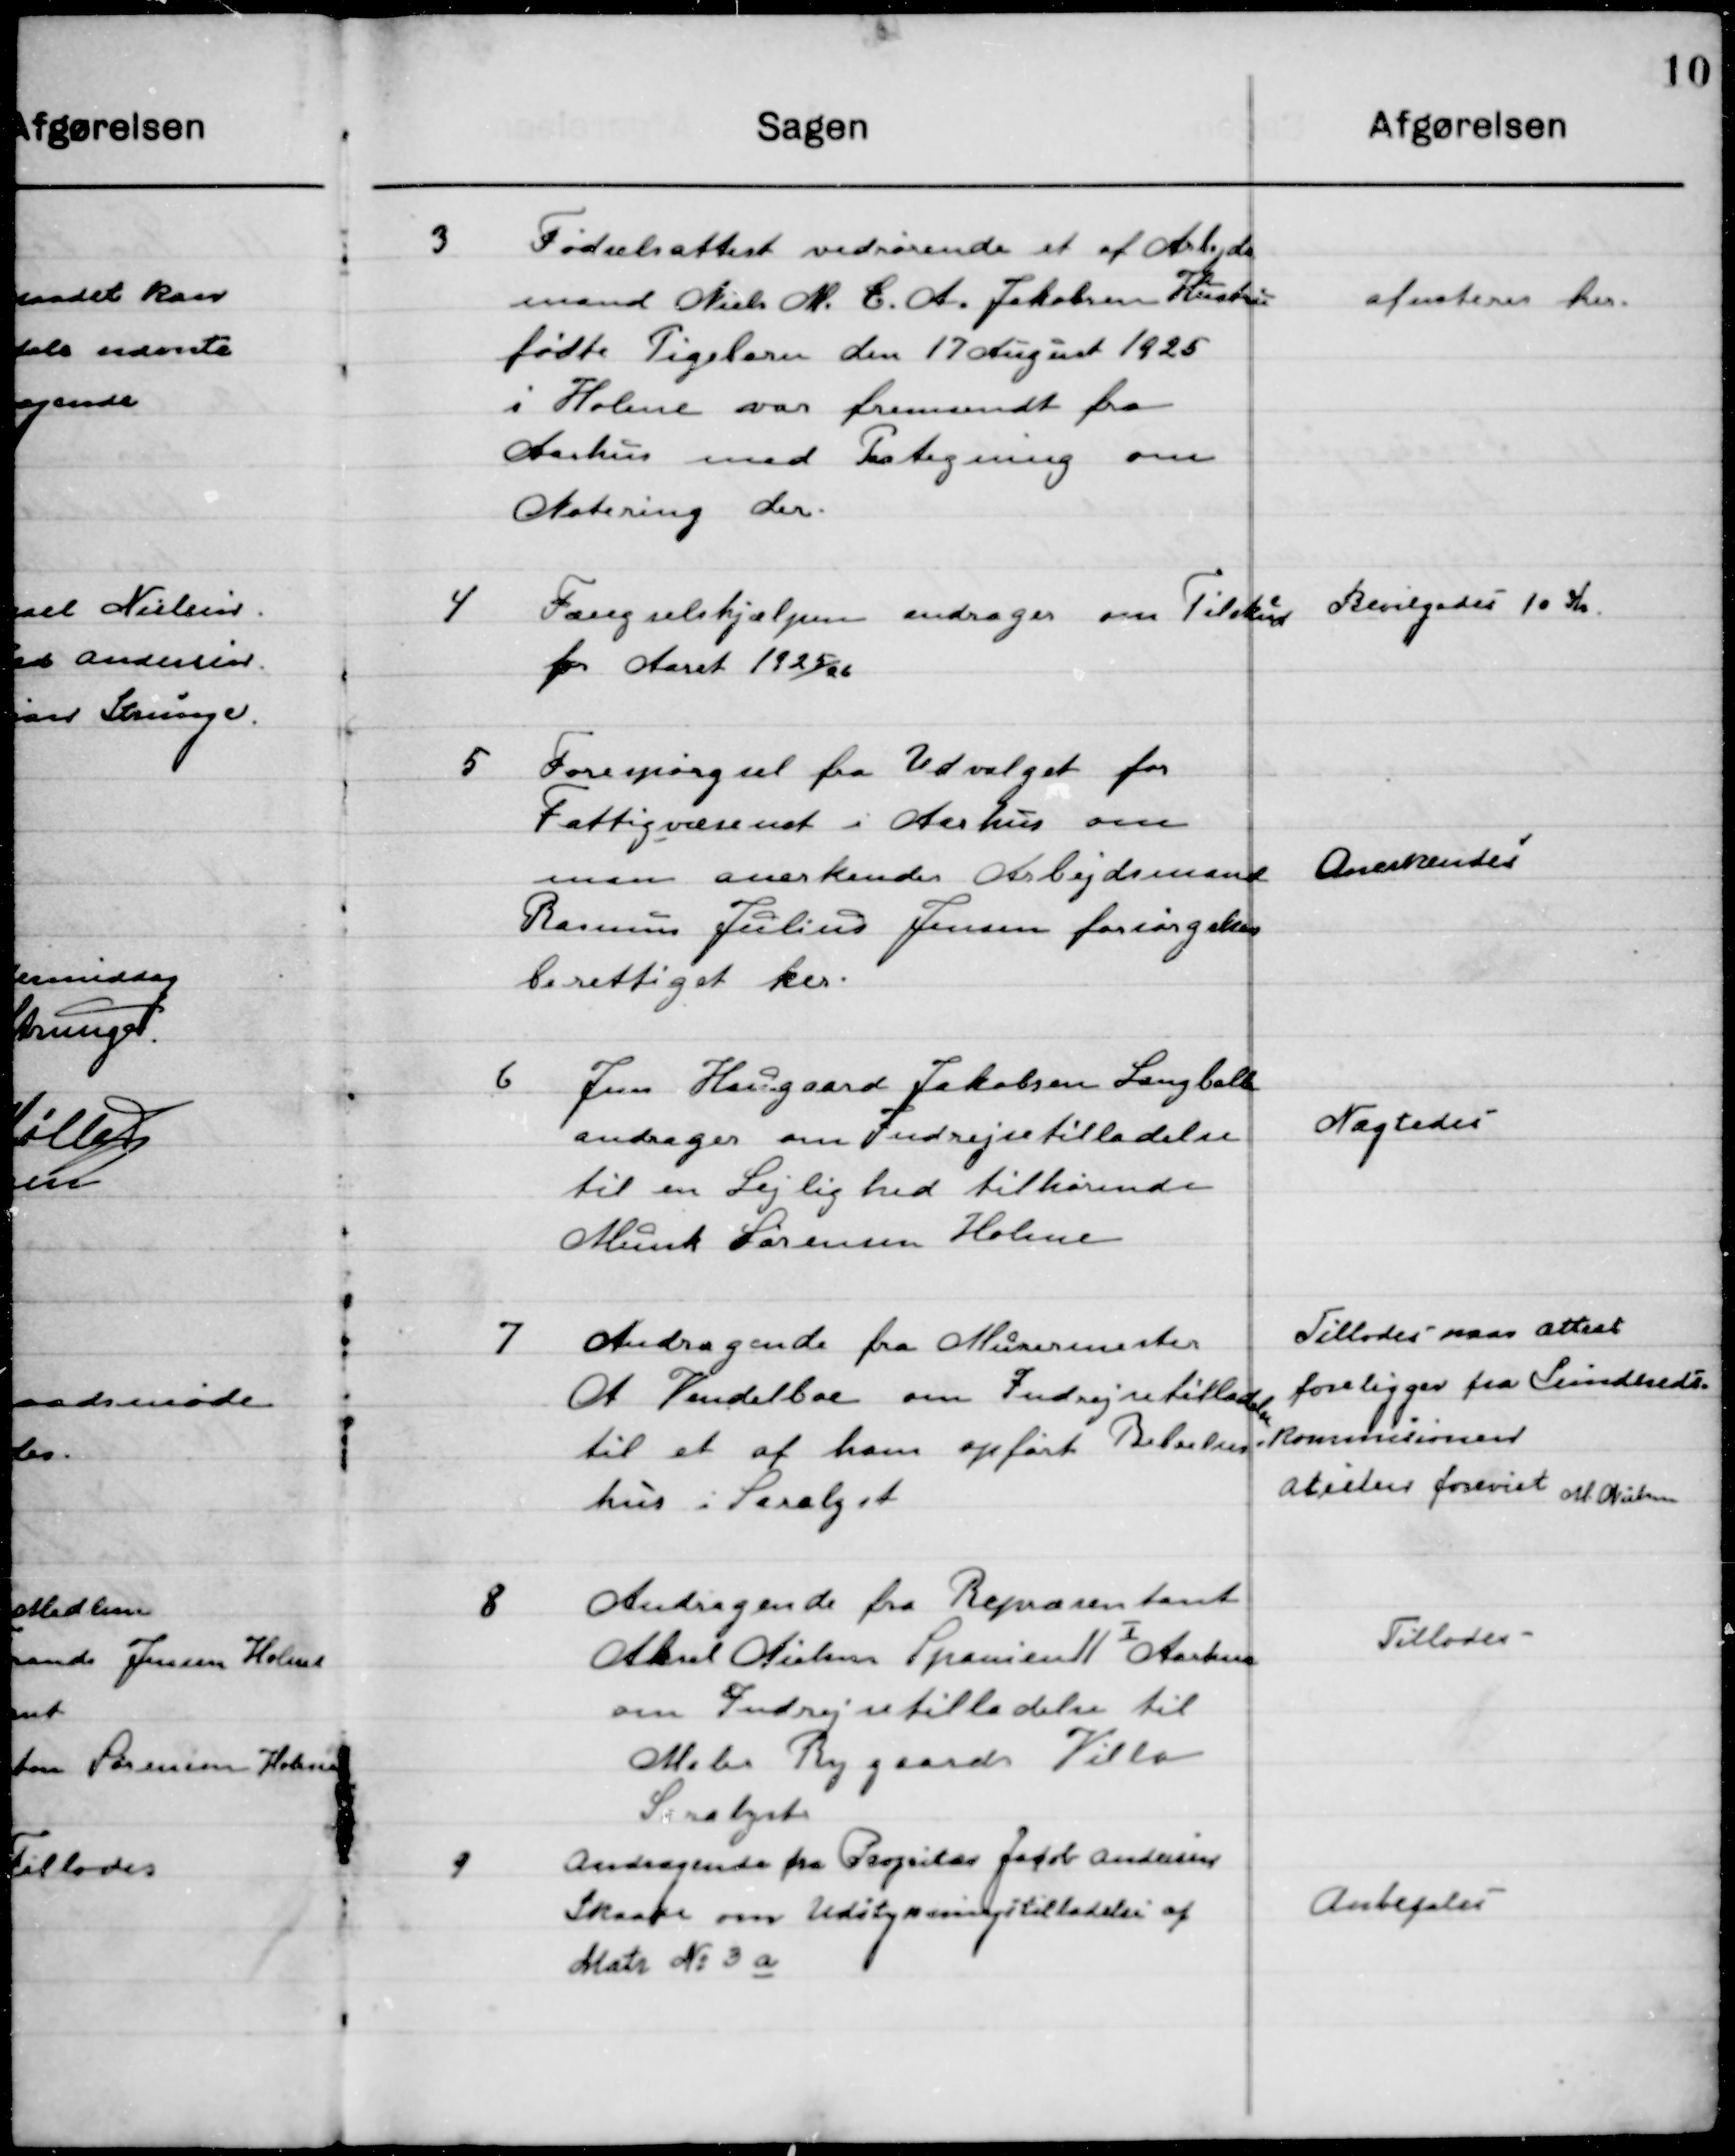
Transskription:
3

Fødselsattest vedrørende et af Arbejds-
mand Niels M. C. A. Jakobsens Hustru
fødte Pigebarn den 17 August 1925
i Home var fremsendt fra
Aarhus med Paategning om
Notering der.

Afnoteres her.

4

Fængselshjælpen andrager om Tilskud
for Aaret 1925/26

Bevilgedes 10 Kr.

5

Forespørgsel fra Udvalget for
Fattigvæsenet i Aarhus om
man anerkender Arbejdsmand
Rasmus Julius Jensen forsørgelses-
berettiget her

Anerkendes

6

Fru Haugaard Jakobsen Langballe 
Andrager om Indrejsetilladelse 
til en Lejlighed tilhørende 
Munk Sørensen Holme

Nægtedes

7

Andragende fra Murermester
A. Vendelboe om Indrejsetilladelse 
til et af ham opførte Beboelses-
hus i Saralyst

Tillodes naar attest
Foreligger fra Sundheds-
kommissionen 
Attest forevist M. Nielsen

8

Andragende fra Repræsentant
Aksel Nielsen Spanien 11
I
Aarhus
om Indrejsetilladelse til
Maler Rygaards Villa
Saralyst.

Tillodes

9

Andragende fra Proprietær Jacob Andersen
Skaade om Udstykning tilladelse af
Matr. no. 3 a.

Anbefales